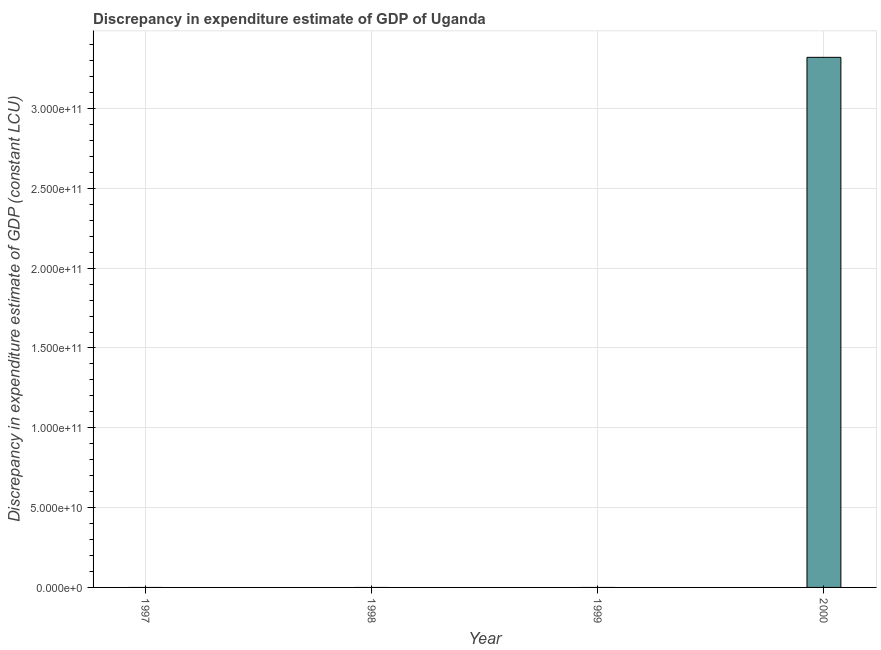
| Year | Discrepancy constant LCU |
 | --- | --- |
 | 1997 | -5.84e+11 |
 | 1998 | -5.87e+11 |
 | 1999 | -9.33e+11 |
 | 2000 | 3.32e+11 |